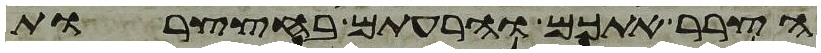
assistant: הצרר אתכם והרעתם בחצצרות